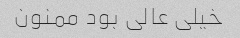
خیلی عالی بود ممنون